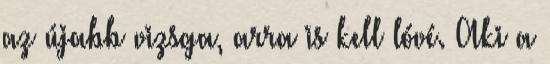
az újabb vizsga, arra is kell lóvé. Aki a